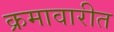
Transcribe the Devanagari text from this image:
क्रमावारीत